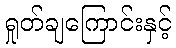
ရှုတ်ချကြောင်းနှင့်